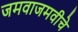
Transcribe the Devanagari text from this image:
जमवाजमवीचे